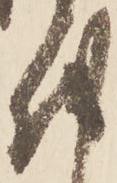
越